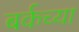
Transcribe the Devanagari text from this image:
बर्कच्या